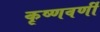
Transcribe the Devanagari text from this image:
कृष्णवर्णी